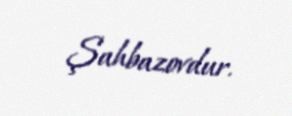
Şahbazovdur.